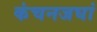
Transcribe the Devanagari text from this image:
कंचनजघां